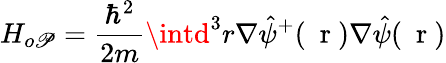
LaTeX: H_{o\mathscr{P}}=\frac{{\hbar^{2}}}{{2m}}\intd^{3}r\nabla\hat{{\psi}}^{+}(\mathrm{{~\mathbf{~}r~}})\nabla\hat{{\psi}}(\mathrm{{~\mathbf{~}r~}})